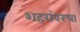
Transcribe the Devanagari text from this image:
शहरांवरचा